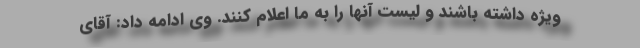
ویژه داشته باشند و لیست آنها را به ما اعلام کنند. وی ادامه داد: آقای